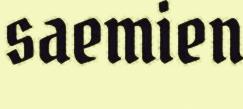
saemien